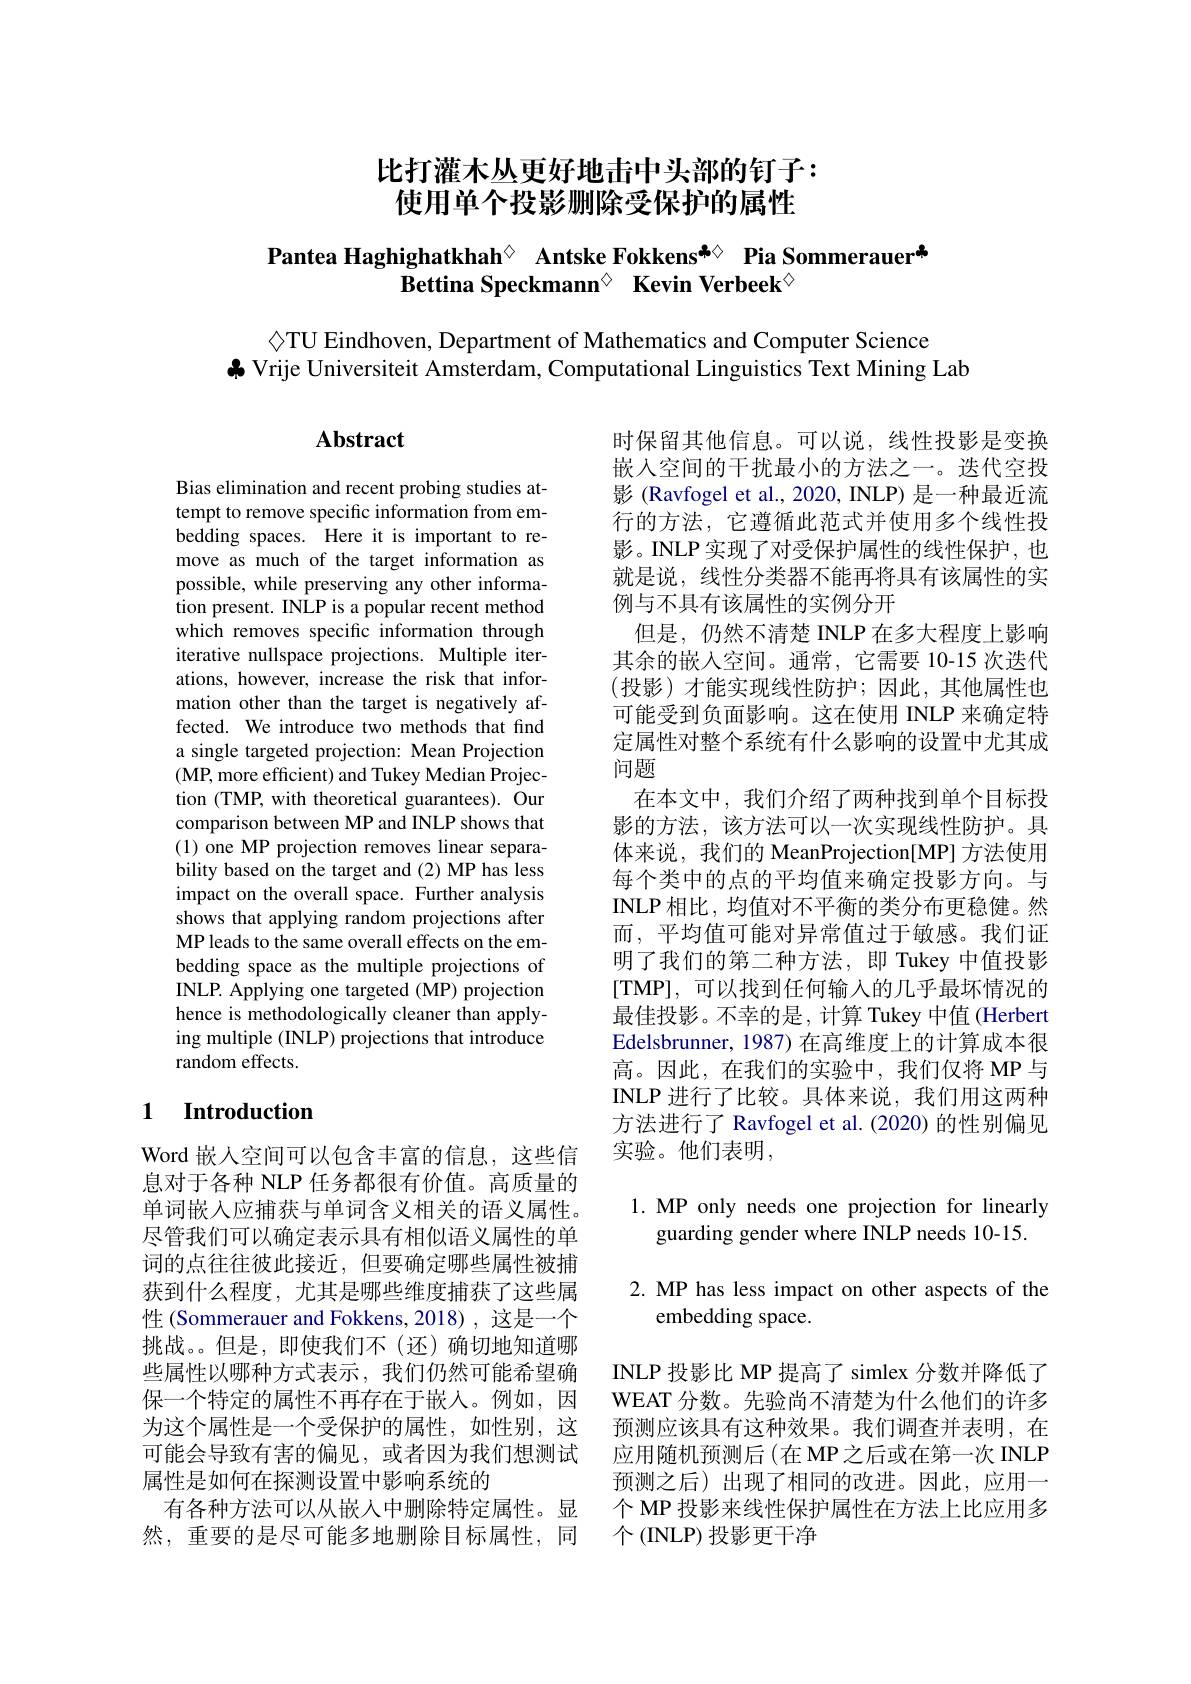
# 比打灌木丛更好地击中头部的钉子： 使用单个投影删除受保护的属性

# Pantea Haghighatkhah$^{\textcircled{\mathrm{o}}}$ Antske Fokkens$^{\clubsuit\diamondsuit}$ Pia Sommerauer" Bettina Speckmann$^{\textcircled{\mathrm{o}}}$ Kevin Verbeek$^{\textcircled{\mathrm{o}}}$

◇TU Eindhoven, Department of Mathematics and Computer Science
$\clubsuit$ Vrije Universiteit Amsterdam, Computational Linguistics Text Mining Lab

## Abstract

Bias elimination and recent probing studies attempt to remove specific information from embedding spaces. Here it is important to remove as much of the target information as possible, while preserving any other information present. INLP is a popular recent method which removes specific information through iterative nullspace projections. Multiple iterations, however, increase the risk that information other than the target is negatively affected. We introduce two methods that find a single targeted projection: Mean Projection (MP, more efficient) and Tukey Median Projec- tion (TMP, with theoretical guarantees). Our comparison between MP and INLP shows that (1) one MP projection removes linear separability based on the target and (2) MP has less impact on the overall space. Further analysis shows that applying random projections after MP leads to the same overall effects on the embedding space as the multiple projections of INLP. Applying one targeted (MP) projection hence is methodologically cleaner than applying multiple (INLP) projections that introduce random effects.

时保留其他信息。可以说，线性投影是变换嵌入空间的干扰最小的方法之一。迭代空投影 (Ravfogel et al., 2020, INLP) 是一种最近流行的方法，它遵循此范式并使用多个线性投影。INLP实现了对受保护属性的线性保护，也就是说，线性分类器不能再将具有该属性的实例与不具有该属性的实例分开
但是，仍然不清楚 INLP 在多大程度上影响其余的嵌入空间。通常，它需要 10-15 次迭代(投影)才能实现线性防护；因此，其他属性也可能受到负面影响。这在使用 INLP 来确定特定属性对整个系统有什么影响的设置中尤其成问题
在本文中，我们介绍了两种找到单个目标投影的方法，该方法可以一次实现线性防护。具体来说，我们的 MeanProjection[MP] 方法使用每个类中的点的平均值来确定投影方向。与INLP 相比，均值对不平衡的类分布更稳健。然而，平均值可能对异常值过于敏感。我们证明了我们的第二种方法，即 Tukey 中值投影[TMP],可以找到任何输入的几乎最坏情况的最佳投影。不幸的是，计算 Tukey 中值 (Herbert Edelsbrunner, 1987) 在高维度上的计算成本很高。因此，在我们的实验中，我们仅将 MP 与INLP 进行了比较。具体来说，我们用这两种方法进行了 Ravfogel et al.(2020) 的性别偏见实验。他们表明，

# 1 Introduction

1.MP only needs one projection for linearly
guarding gender where INLP needs 10-15.

2. MP has less impact on other aspects of the
embedding space.

Word 嵌入空间可以包含丰富的信息，这些信息对于各种 NLP 任务都很有价值。高质量的单词嵌入应捕获与单词含义相关的语义属性。尽管我们可以确定表示具有相似语义属性的单词的点往往彼此接近，但要确定哪些属性被捕获到什么程度，尤其是哪些维度捕获了这些属性 (Sommerauer and Fokkens,2018) ,这是一个挑战。。但是，即使我们不(还)确切地知道哪些属性以哪种方式表示，我们仍然可能希望确保一个特定的属性不再存在于嵌入。例如，因为这个属性是一个受保护的属性，如性别，这可能会导致有害的偏见，或者因为我们想测试属性是如何在探测设置中影响系统的
有各种方法可以从嵌人中删除特定属性。显 个 MP 投影来线性保护属性在方法上比应用多
然，重要的是尽可能多地删除目标属性，同 个(INLP)投影更干净

INLP 投影比 MP 提高了 simlex 分数并降低了WEAT 分数。先验尚不清楚为什么他们的许多预测应该具有这种效果。我们调查并表明，在应用随机预测后(在 MP之后或在第一次 INLP 预测之后)出现了相同的改进。因此，应用一